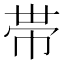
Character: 帯